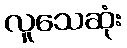
လူသေဆုံး